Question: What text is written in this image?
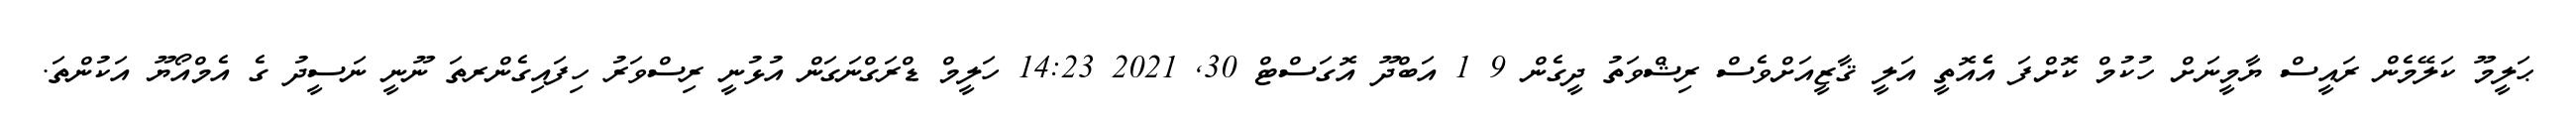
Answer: ޙަލީމޫ ކަލޭމެން ރައީސް ޔާމީނަށް ހުކުމް ކޮށްފަ އެެއޮތީ އަލީ ޤާޒީއަށްވެސް ރިޝްވަތު ދީގެން 9 1 އަބްދޫ އޮގަސްޓް 30, 2021 14:23 ހަލީމް ޑްރަގްނަގަން އުޅުނީ ރިސްވަރު ހިފައިގެންރތަ ނޫނީ ނަސީދު ގެ އެމްއޯޔޫ އަކުންތަ.